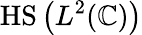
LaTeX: {\mathrm{HS}}\left(L^{2}(\mathbb{C})\right)